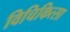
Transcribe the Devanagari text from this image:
विचिकित्सा